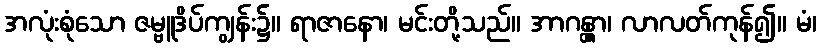
အလုံးစုံသော ဇမ္ဗူဒိပ်ကျွန်း၌။ ရာဇာနော၊ မင်းတို့သည်။ အာဂန္တွာ၊ လာလတ်ကုန်၍။ မံ၊